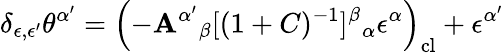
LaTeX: \delta_{\epsilon,\epsilon^{\prime}}\theta^{\alpha^{\prime}}=\left(-\mathbf{A}^{\alpha^{\prime}}{}_{\beta}[(1+C)^{-1}]^{\beta}{}_{\alpha}\epsilon^{\alpha}\right)_{\mathrm{{cl}}}+\epsilon^{\alpha^{\prime}}